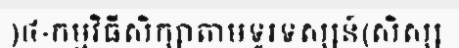
)៤-កម្មវិធីសិក្សាតាមទូរទស្សន៍(សិស្ស